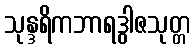
သုန္ဒရိကဘာရဒွါဇသုတ္တ